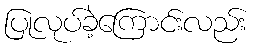
ပြုလုပ်ခဲ့ကြောင်းလည်း